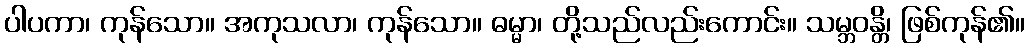
ပါပကာ၊ ကုန်သော။ အကုသလာ၊ ကုန်သော။ ဓမ္မာ၊ တို့သည်လည်းကောင်း။ သမ္ဘဝန္တိ၊ ဖြစ်ကုန်၏။